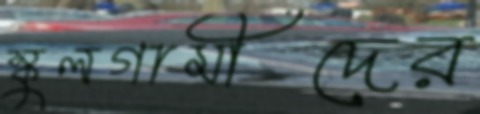
স্কুলগামীদের